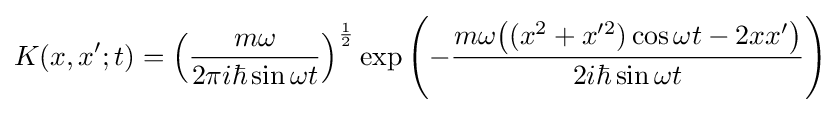
K(x,x';t)=\left({\frac {m\omega }{2\pi i\hbar \sin \omega t}}\right)^{\frac {1}{2}}\exp \left(-{\frac {m\omega {\big (}(x^{2}+x'^{2})\cos \omega t-2xx'{\big )}}{2i\hbar \sin \omega t}}\right)